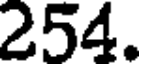
254.